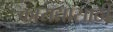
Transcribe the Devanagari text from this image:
कायद्यासाठी